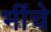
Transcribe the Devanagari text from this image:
भींचे